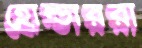
হোল্ডাররা